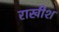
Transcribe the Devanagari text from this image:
राखीश